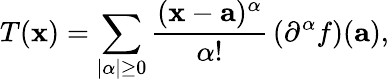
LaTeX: T(\mathbf{x})=\sum_{|\alpha|\geq 0}{\frac{(\mathbf{x}-\mathbf{a})^{\alpha}}{\alpha!}}\left({\mathrm{\partial}^{\alpha}}f\right)(\mathbf{a}),